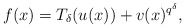
\begin{align*} f(x)=T_\delta(u(x))+v(x)^{q^\delta},\end{align*}